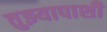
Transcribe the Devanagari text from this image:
तुझ्यापाशी